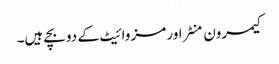
کیمرون منٹراور مز وائیٹ کے دو بچے ہیں۔